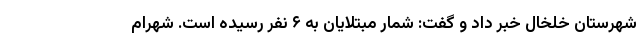
شهرستان خلخال خبر داد و گفت: شمار مبتلایان به ۶ نفر رسیده است. شهرام